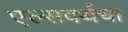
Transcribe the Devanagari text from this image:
एल्सवर्थचा